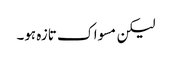
لیکن مسواک تازہ ہو۔